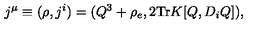
j ^ { \mu } \equiv ( \rho , j ^ { i } ) = ( Q ^ { 3 } + \rho _ { e } , 2 \mathrm { T r } K [ Q , D _ { i } Q ] ) ,